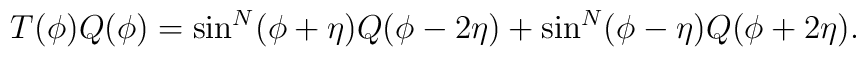
T(\phi) Q(\phi) = \sin^N(\phi+\eta) Q(\phi-2\eta) +\sin^N(\phi-\eta) Q(\phi+2\eta).